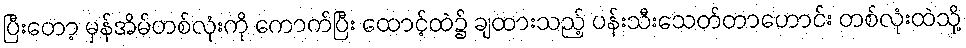
ပြီးတော့ မှန်အိမ်တစ်လုံးကို ကောက်ပြီး ထောင့်ထဲ၌ ချထားသည့် ပန်းသီးသေတ်တာဟောင်း တစ်လုံးထဲသို့